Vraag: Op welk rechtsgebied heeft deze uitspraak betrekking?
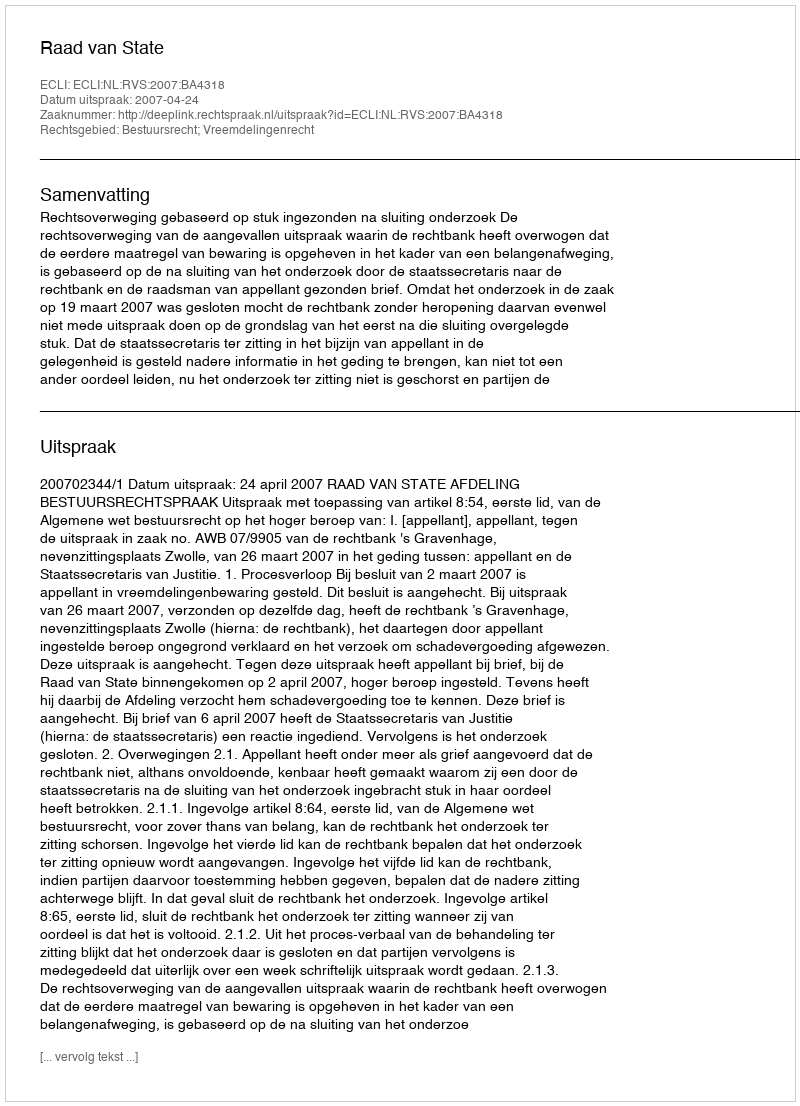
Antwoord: Bestuursrecht; Vreemdelingenrecht